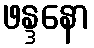
ဖန္ဒနော